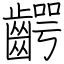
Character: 齶